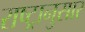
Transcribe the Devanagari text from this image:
राष्ट्रानुसार